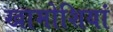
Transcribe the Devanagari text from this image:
खामोशियां